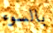
بالسوء